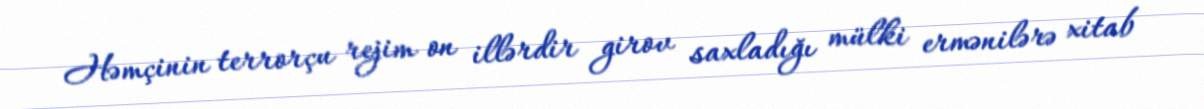
Həmçinin terrorçu rejim on illərdir girov saxladığı mülki ermənilərə xitab